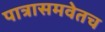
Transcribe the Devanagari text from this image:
पात्रासमवेतच